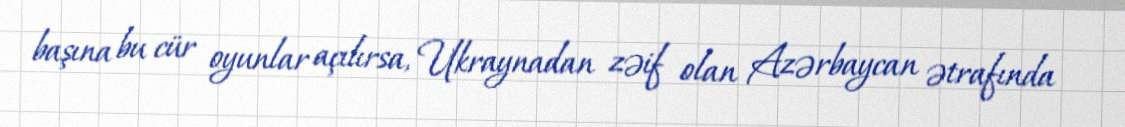
başına bu cür oyunlar açılırsa, Ukraynadan zəif olan Azərbaycan ətrafında